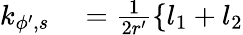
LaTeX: \begin{array}{rl}{k_{\phi^{\prime},s}}&{{}=\frac{1}{2r^{\prime}}\{ l_{1}+l_{2}}\end{array}